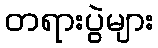
တရားပွဲများ